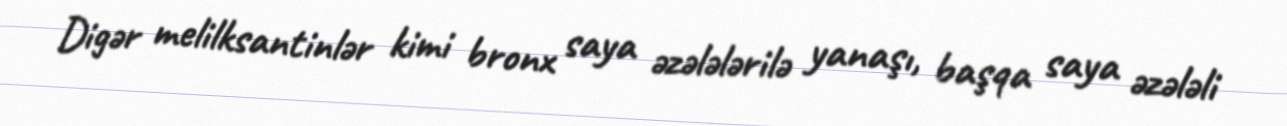
Digər melilksantinlər kimi bronx saya əzələlərilə yanaşı, başqa saya əzələli